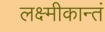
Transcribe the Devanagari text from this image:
लक्ष्मीकान्तं